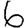
Digit: 6